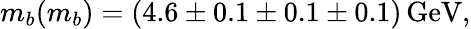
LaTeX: m_{b}(m_{b})=(4.6\pm 0.1\pm 0.1\pm 0.1)\, \mathrm{GeV},